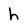
Character: h